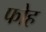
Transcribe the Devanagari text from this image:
फोह